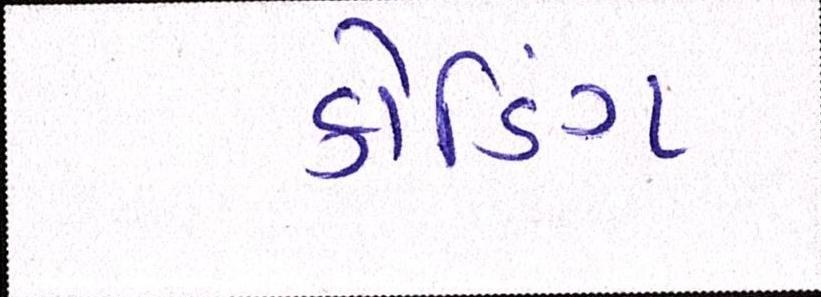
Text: કોડિંગ